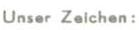
Unser Zeichen: